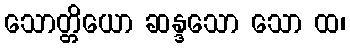
သောတ္တိယော ဆန္ဒသော သော ထ၊